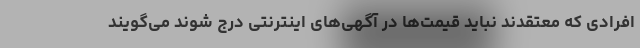
افرادی که معتقدند نباید قیمت‌ها در آگهی‌های اینترنتی درج شوند می‌گویند